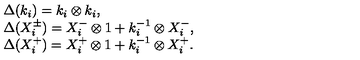
\begin{array} { r c l } { } & { } & { \Delta ( k _ { i } ) = k _ { i } \otimes k _ { i } , } \\ { } & { } & { \Delta ( X _ { i } ^ { \pm } ) = X _ { i } ^ { - } \otimes 1 + k _ { i } ^ { - 1 } \otimes X _ { i } ^ { - } , } \\ { } & { } & { \Delta ( X _ { i } ^ { + } ) = X _ { i } ^ { + } \otimes 1 + k _ { i } ^ { - 1 } \otimes X _ { i } ^ { + } . } \\ \end{array}